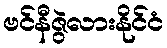
ဗင်နီဇွဲလားနိုင်ငံ